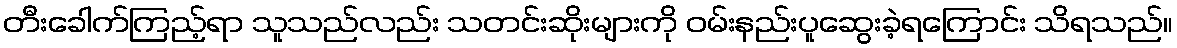
တီးခေါက်ကြည့်ရာ သူသည်လည်း သတင်းဆိုးများကို ဝမ်းနည်းပူဆွေးခဲ့ရကြောင်း သိရသည်။